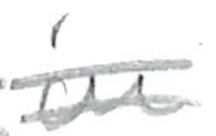
Text: in
Cross-out: mix
Writing tool: pencil